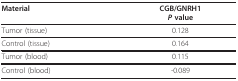
<table><thead><tr><td><b>Material</b></td><td><b>CGB/GNRH1<i>P </i>value</b></td></tr></thead><tbody><tr><td>Tumor (tissue)</td><td>0.128</td></tr><tr><td>Control (tissue)</td><td>0.164</td></tr><tr><td>Tumor (blood)</td><td>0.115</td></tr><tr><td>Control (blood)</td><td>-0.089</td></tr></tbody></table>